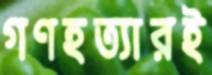
গণহত্যারই